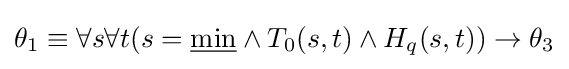
\theta _{1}\equiv \forall s\forall t(s={\underline {\min }}\land T_{0}(s,t)\land H_{q}(s,t))\to \theta _{3}